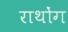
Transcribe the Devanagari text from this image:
राथोंग